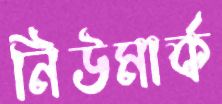
নিউমার্ক